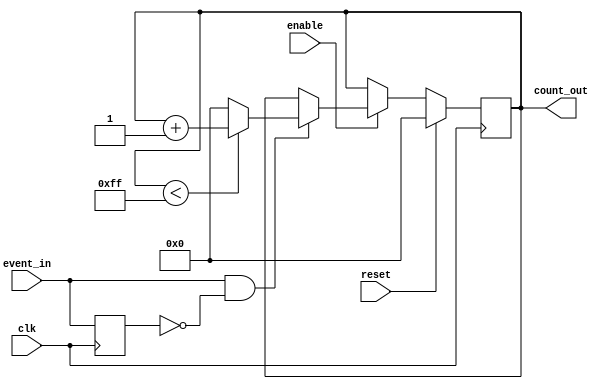
module event_triggered_counter #(
    parameter WIDTH = 8, // Define the width of the counter
    parameter MAX_COUNT = (1 << WIDTH) - 1 // Maximum count value based on width
)(
    input wire clk,          // Clock input
    input wire reset,        // Reset signal (active high)
    input wire enable,       // Enable signal (active high)
    input wire event_in,     // Event input signal to trigger counting
    output reg [WIDTH-1:0] count_out // Count output
);

    // Internal signal for edge detection
    reg event_in_prev;

    always @(posedge clk) begin
        // Edge Detection for event_in
        if (reset) begin
            // Reset the counter on active high reset
            count_out <= 0;
        end else if (enable) begin
            // Increment the counter on the rising edge of event_in when enabled
            if (event_in && !event_in_prev) begin
                if (count_out < MAX_COUNT) begin
                    count_out <= count_out + 1; // Increment if maximum not reached
                end else begin
                    count_out <= 0; // Wrap around if maximum count is reached
                end
            end
        end
        
        // Store current event_in state for next clock cycle
        event_in_prev <= event_in;
    end

endmodule